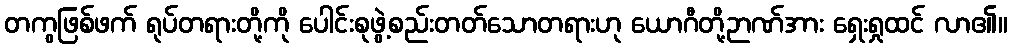
တကွဖြစ်ဖက် ရုပ်တရားတို့ကို ပေါင်းစုဖွဲ့စည်းတတ်သောတရားဟု ယောဂီတို့ဉာဏ်အား ရှေးရှုထင် လာ၏။